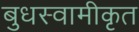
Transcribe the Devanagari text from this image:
बुधस्वामीकृत